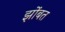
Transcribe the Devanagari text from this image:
झोंबत